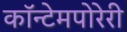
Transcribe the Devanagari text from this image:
कॉन्टेमपोरेरी